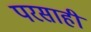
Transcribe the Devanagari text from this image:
परसाही